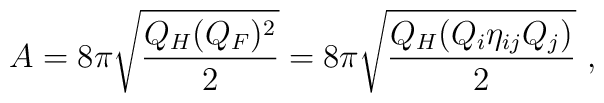
A=  8\pi \sqrt {Q_H (Q_F)^2 \over 2}=8\pi \sqrt {Q_H (Q_i \eta_{ij} Q_j)\over2}  \ ,